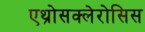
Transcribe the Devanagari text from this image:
एथ्रोसक्लेरोसिस